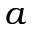
a